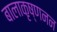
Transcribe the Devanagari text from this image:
बालाकृष्णनन